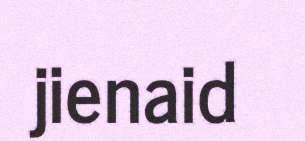
jienaid